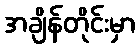
အချိန်တိုင်းမှာ